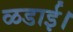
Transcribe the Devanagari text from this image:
ळडाई।